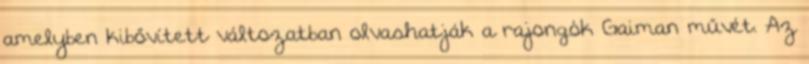
amelyben kibővített változatban olvashatják a rajongók Gaiman művét. Az